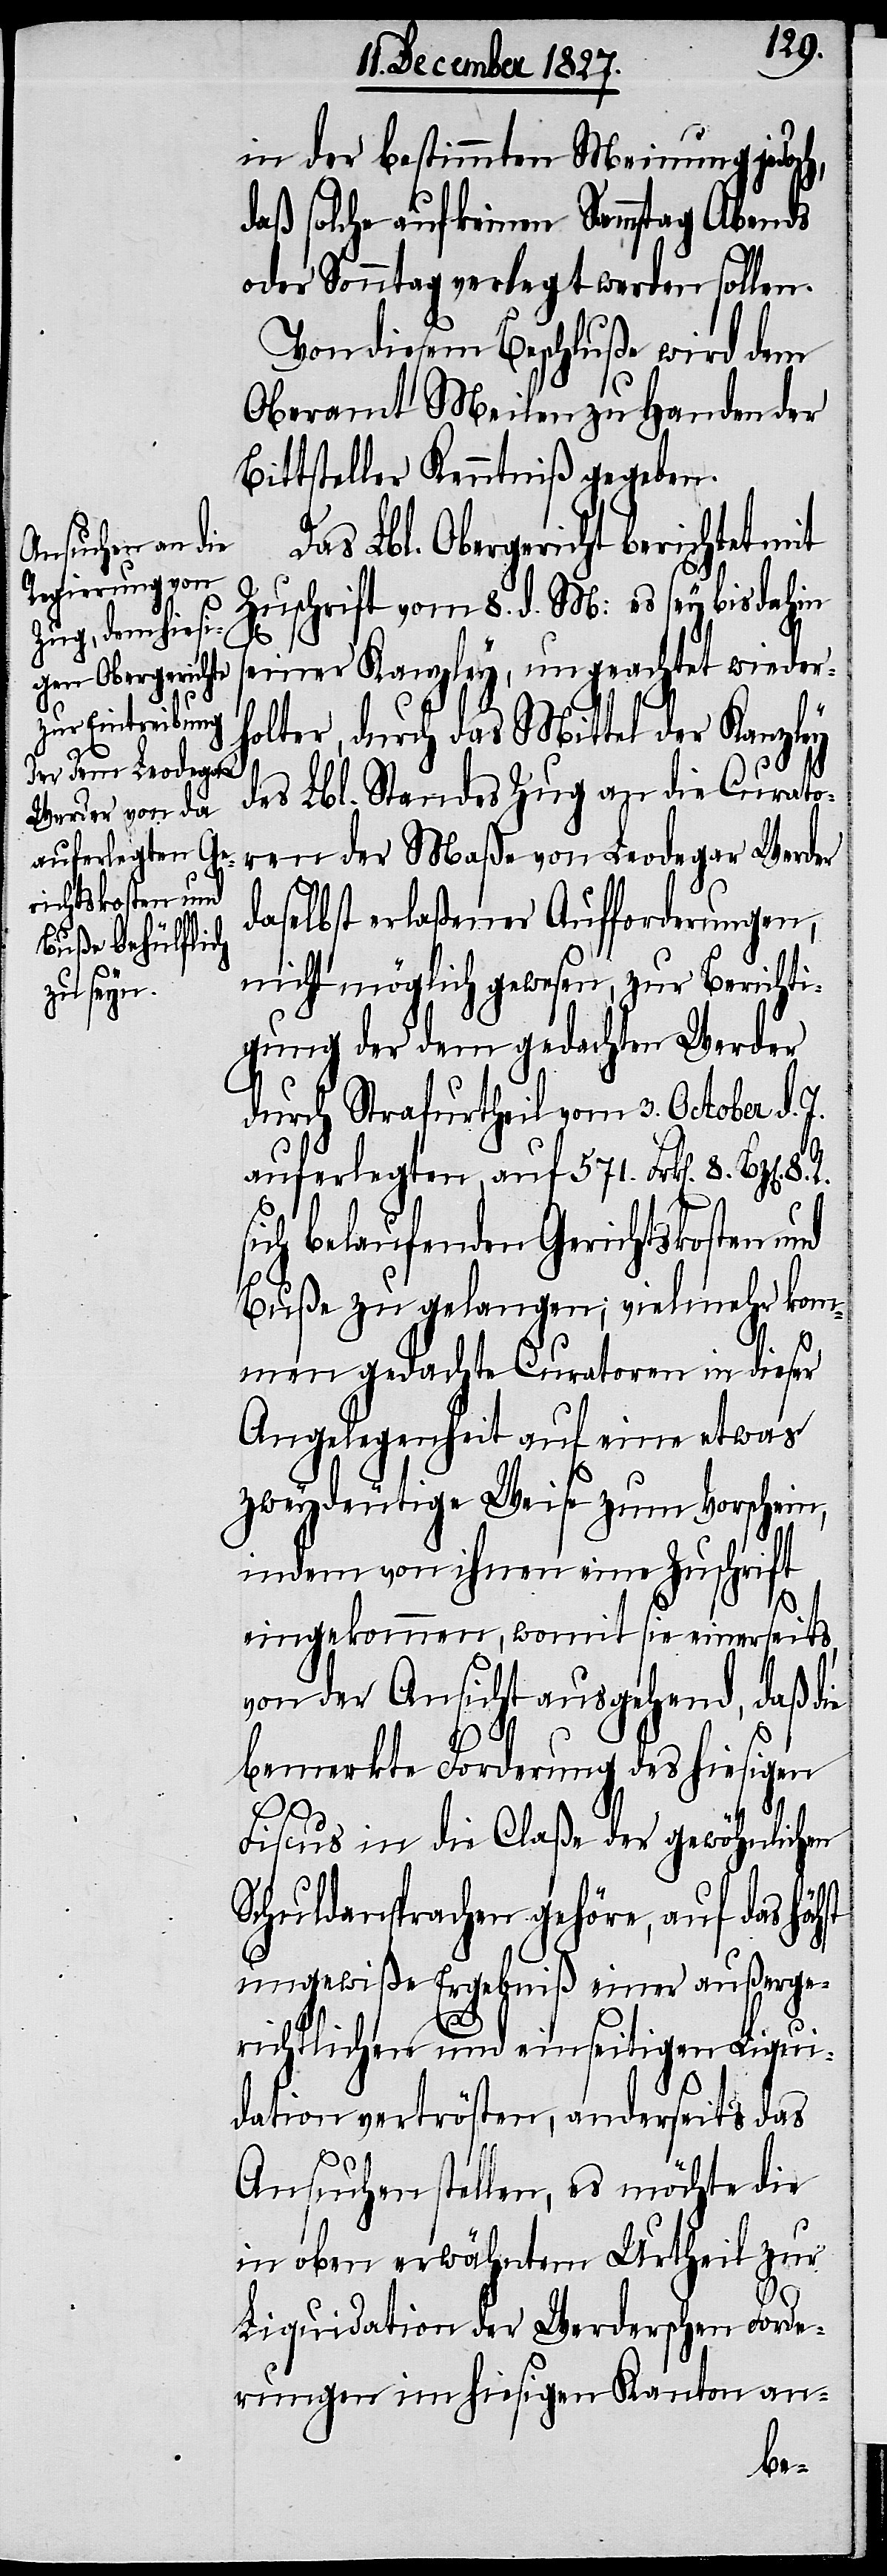
in der bestimmten Meinung jedoch,
daß solche auf keinen Samstag Abends
oder Sonntag verlegt werden sollen.
Von diesem Beschluße wird dem
Oberamt Meilen zu Handen der
Bittsteller Kenntniß gegeben.
Das Lbl. Obergericht berichtet mit
Zuschrift vom 8. d. M: es sey bis dahin
seiner Kanzley, ungeachtet wieder¬
holter, durch das Mittel der Kanzley
des Lbl. Standes Zug an die Curato¬
ren der Maße von Ledoegar Werder
daselbst erlaßener Aufforderungen,
nicht möglich gewesen, zur Berichti¬
gung der dem gedachten Werder
durch Strafurtheil vom 3. October d. J.
auferlegten, auf 571. Frk[en]. 8.
sich belaufenden Gerichtskosten und
Buße zu gelangen; vielmehr kom¬
men gedachte Curatoren in dieser
Angelegenheit auf eine etwas
zweydeutige Weise zum Vorschein,
indem von ihnen eine Zuschrift
eingekommen, womit sie einerseits,
von der Ansicht ausgehend, daß die
bemerkte Forderung des hiesigen
8.
R.
Fiscus in die Claße der gewöhnlichen
Schuldansprachen gehöre, auf das höchst
ungewiße Ergebniß einer außerge¬
richtlichen und einseitigen Liqui¬
dation vertrösten, anderseits das
Ansuchen stellen, es möchte die
in oben erwähntem Urtheil zur
Liquidation der Werderschen Forde¬
rungen im hiesigen Kanton an-